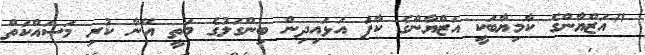
"އަޒްޔާންގެ ކާމިޔާބަކީ އަޒްޔާންގެ ކާފަ އަޅައިދިން ބިންގަލުގެ މަތީ އޭނާ ކުރި މަސައްކަތް